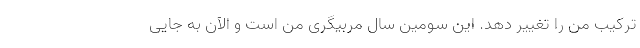
ترکیب من را تغییر دهد. این سومین سال مربیگری من است و الآن به جایی